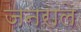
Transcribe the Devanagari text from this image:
जनराले